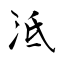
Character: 泜